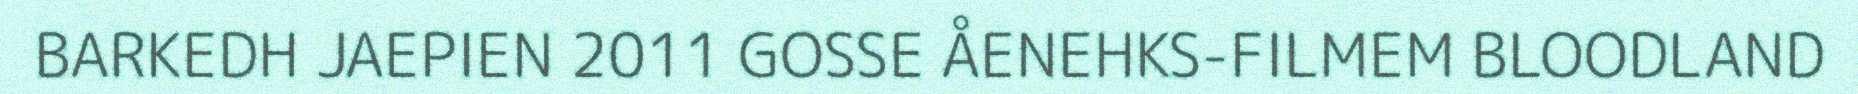
BARKEDH JAEPIEN 2011 GOSSE ÅENEHKS-FILMEM BLOODLAND